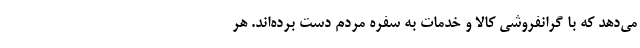
می‌دهد که با گرانفروشی کالا و خدمات به سفره مردم دست برده‌اند. هر